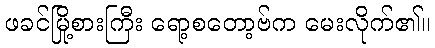
ဖခင်မြို့စားကြီး ရော့စတော့ဗ်က မေးလိုက်၏။